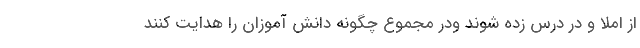
از املا و در درس زده شوند ودر مجموع چگونه دانش آموزان را هدایت کنند